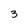
Character: 3